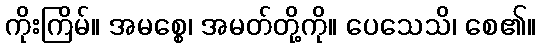
ကိုးကြိမ်။ အမစ္စေ၊ အမတ်တို့ကို။ ပေသေသိ၊ စေ၏။